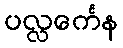
ပလ္လင်္ကေန